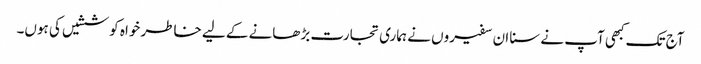
آج تک کبھی آپ نے سنا ان سفیروں نے ہماری تجارت بڑھانے کے لیے خاطر خواہ کوششیں کی ہوں۔